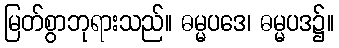
မြတ်စွာဘုရားသည်။ ဓမ္မပဒေ၊ ဓမ္မပဒ၌။